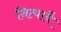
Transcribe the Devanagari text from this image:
नित्यायै